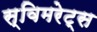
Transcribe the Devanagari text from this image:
स्विमरेट्स